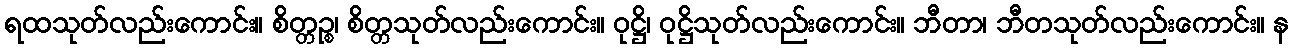
ရထသုတ်လည်းကောင်း။ စိတ္တဉ္စ၊ စိတ္တသုတ်လည်းကောင်း။ ဝုဋ္ဌိ၊ ဝုဋ္ဌိသုတ်လည်းကောင်း။ ဘီတာ၊ ဘီတသုတ်လည်းကောင်း။ န